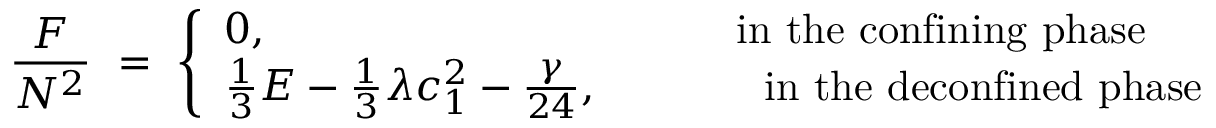
\frac { F } { N ^ { 2 } } ~ = ~ \left\{ \begin{array} { l l } { { 0 , } } & { { \mathrm { i n ~ t h e ~ c o n f i n i n g ~ p h a s e } } } \\ { { \frac { 1 } { 3 } E - \frac { 1 } { 3 } \lambda c _ { 1 } ^ { 2 } - \frac { \gamma } { 2 4 } , ~ ~ ~ ~ ~ ~ ~ } } & { { \mathrm { ~ ~ i n ~ t h e ~ d e c o n f i n e d ~ p h a s e } } } \end{array} \right.